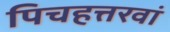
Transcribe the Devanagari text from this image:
पिचहत्तरवां